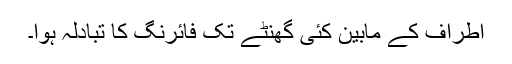
اطراف کے مابین کئی گھنٹے تک فائرنگ کا تبادلہ ہوا۔